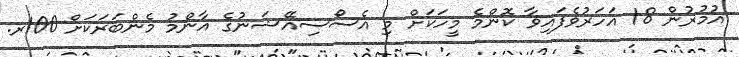
އުމުރުން 18 އަހަރުވެފައިވާ ކޮންމެ މީހަކަށް މި އެސޯސިއޭޝަނުގެ އާންމު މެންބަރަކަށް 100ރ.